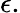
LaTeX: \epsilon.